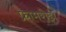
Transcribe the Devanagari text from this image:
फ्रामरोझ